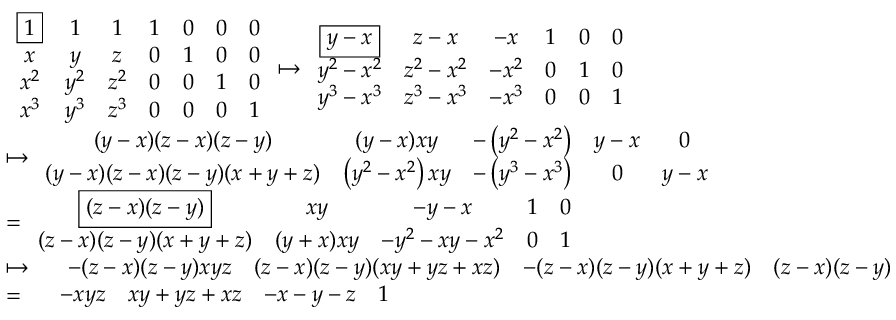
\begin{array} { r l } & { \begin{array} { c c c c c c c } { \boxed { 1 } } & { 1 } & { 1 } & { 1 } & { 0 } & { 0 } & { 0 } \\ { x } & { y } & { z } & { 0 } & { 1 } & { 0 } & { 0 } \\ { x ^ { 2 } } & { y ^ { 2 } } & { z ^ { 2 } } & { 0 } & { 0 } & { 1 } & { 0 } \\ { x ^ { 3 } } & { y ^ { 3 } } & { z ^ { 3 } } & { 0 } & { 0 } & { 0 } & { 1 } \end{array} \mapsto \begin{array} { c c c c c c } { \boxed { y - x } } & { z - x } & { - x } & { 1 } & { 0 } & { 0 } \\ { y ^ { 2 } - x ^ { 2 } } & { z ^ { 2 } - x ^ { 2 } } & { - x ^ { 2 } } & { 0 } & { 1 } & { 0 } \\ { y ^ { 3 } - x ^ { 3 } } & { z ^ { 3 } - x ^ { 3 } } & { - x ^ { 3 } } & { 0 } & { 0 } & { 1 } \end{array} } \\ & { \mapsto \begin{array} { c c c c c } { ( y - x ) ( z - x ) ( z - y ) } & { ( y - x ) x y } & { - \left( y ^ { 2 } - x ^ { 2 } \right) } & { y - x } & { 0 } \\ { ( y - x ) ( z - x ) ( z - y ) ( x + y + z ) } & { \left( y ^ { 2 } - x ^ { 2 } \right) x y } & { - \left( y ^ { 3 } - x ^ { 3 } \right) } & { 0 } & { y - x } \end{array} } \\ & { = \begin{array} { c c c c c } { \boxed { ( z - x ) ( z - y ) } } & { x y } & { - y - x } & { 1 } & { 0 } \\ { ( z - x ) ( z - y ) ( x + y + z ) } & { ( y + x ) x y } & { - y ^ { 2 } - x y - x ^ { 2 } } & { 0 } & { 1 } \end{array} } \\ & { \mapsto \begin{array} { c c c c c } & { - ( z - x ) ( z - y ) x y z } & { ( z - x ) ( z - y ) ( x y + y z + x z ) } & { - ( z - x ) ( z - y ) ( x + y + z ) } & { ( z - x ) ( z - y ) } \end{array} } \\ & { = \begin{array} { c c c c c } & { - x y z } & { x y + y z + x z } & { - x - y - z } & { 1 } \end{array} } \end{array}